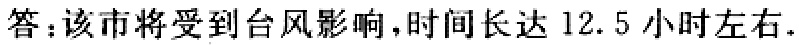
答：该市将受到台风影响，时间长达 12.5 小时左右.